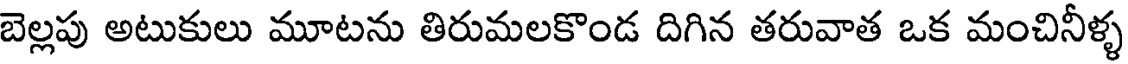
బెల్లపు అటుకులు మూటను తిరుమలకొండ దిగిన తరువాత ఒక మంచినీళ్ళ